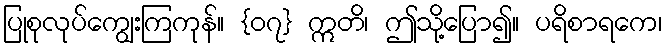
ပြုစုလုပ်ကျွေးကြကုန်။ {၀၇} ဣတိ၊ ဤသို့ပြော၍။ ပရိစာရကေ၊